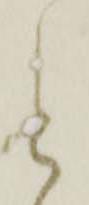
と